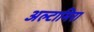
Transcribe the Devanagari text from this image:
अल्टामिरा